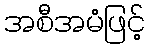
အစီအမံဖြင့်